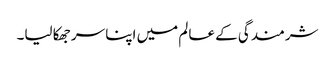
شرمندگی کے عالم میں اپنا سر جھکا لیا۔